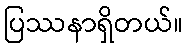
ပြဿနာရှိတယ်။